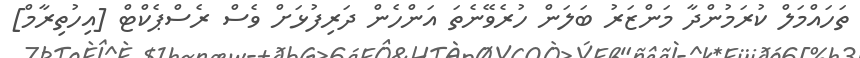
ތަހައްމަލް ކުރަމުންދާ މަންޒަރު ބަލަން ހުރެވޭނެތަ އަންހެން ދަރިފުޅަށް ވެސް ރެސްޕެކްޓް [އިހުތިރާމް]